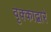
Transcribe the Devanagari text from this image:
वृक्काद्वारे